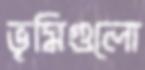
ভূমিগুলো